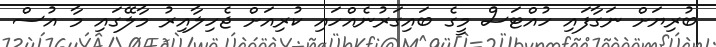
ބުރިޔަށް ނަގާފައި ހުއްޓަސް މީގެ ބައިގަރުނެއްހައި ކުރިއަށް ޖެހިލާއިރު މާލޭގައި މާ އުސް